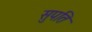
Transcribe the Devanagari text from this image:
सुपति